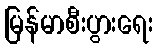
မြန်မာစီးပွားရေး